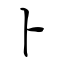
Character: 卜